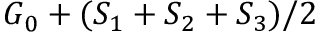
G _ { 0 } + ( S _ { 1 } + S _ { 2 } + S _ { 3 } ) / 2